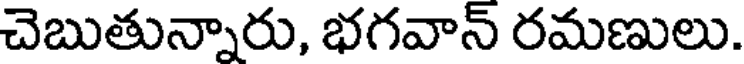
చెబుతున్నారు, భగవాన్ రమణులు.